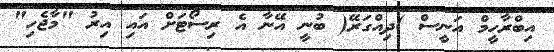
އިބްރާހީމް އަނީސް )ދިއްގަރޭ( ބުނީ އޭނާ އެ ރިސޯޓަށް އައި އިރު "މާޖެހި"